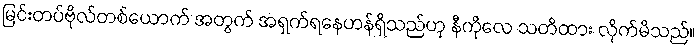
မြင်းတပ်ဗိုလ်တစ်ယောက် အတွက် အရှက်ရနေဟန်ရှိသည်ဟု နီကိုလေ သတိထား လိုက်မိသည်။